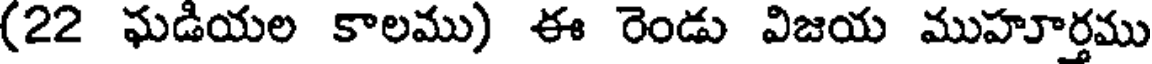
(22 ఘడియల కాలము) ఈ రెండు విజయ ముహూర్తము